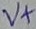
Text: V+